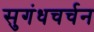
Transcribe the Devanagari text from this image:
सुगंधचर्चन